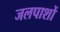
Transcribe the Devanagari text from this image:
जलपाशों